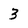
Character: 3